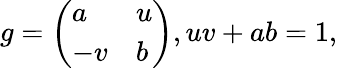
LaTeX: g=\left(\begin{array}{ll}{{a}}&{{u}}\\ {{-v}}&{{b}}\end{array}\right),uv+ab=1,